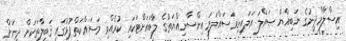
އިސްލާމްދީނުގެ ނަބިއްޔާ ޞައްލަ އަލައިހިވަސައްލަމަ އިންސާނިއްޔަތުގެ ލާބައަށްޓަކައި ކުރެއްވި މަސައްކަތްޕުޅުގައި ޤަބީލާތަކަށް ދީނަށް